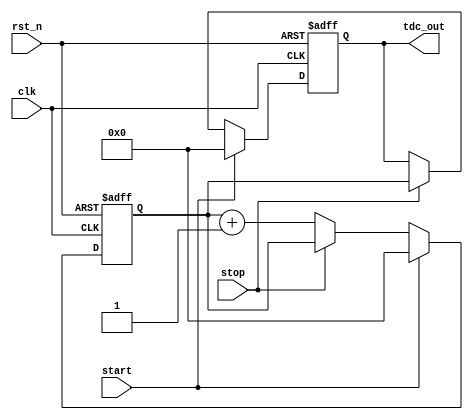
module TDC (
    input wire clk,            // System clock
    input wire rst_n,          // Active-low reset signal
    input wire start,          // Start signal
    input wire stop,           // Stop signal
    output reg [N-1:0] tdc_out // Output register for TDC value
);
    parameter N = 8;           // Number of bits for the counter (adjust for resolution)
    parameter DELAY_STAGES = 16; // Number of delay stages in the delay line

    // Declare the delay line as an array of registers
    reg [DELAY_STAGES-1:0] delay_line;
    reg [N-1:0] counter;       // Counter to count clock cycles

    // Asynchronous reset and counter control
    always @(posedge clk or negedge rst_n) begin
        if (!rst_n) begin
            counter <= 0;
            tdc_out <= 0;
            delay_line <= 0;
        end else begin
            if (start) begin
                counter <= 0; // Reset counter on start
                tdc_out <= 0; // Clear output on start
                delay_line <= 0; // Clear delay line
            end else if (stop) begin
                tdc_out <= counter; // Capture counter value on stop
            end else begin
                counter <= counter + 1; // Increment counter on each clock cycle
                // Shift the delay line to create the delay effect
                delay_line <= {delay_line[DELAY_STAGES-2:0], 1'b1}; // Example of delay line behavior
            end
        end
    end

    // Optional: Logic to handle the event detection (Start and Stop) can be added here
    // This can include edge detection or specific timing logic to ensure correct operation

endmodule